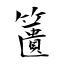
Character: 籄